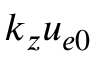
k _ { z } u _ { e 0 }